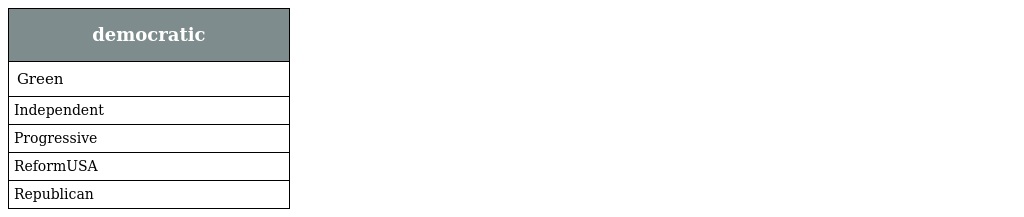
| democratic |
 | --- |
 | Green |
 | Independent |
 | Progressive |
 | ReformUSA |
 | Republican |